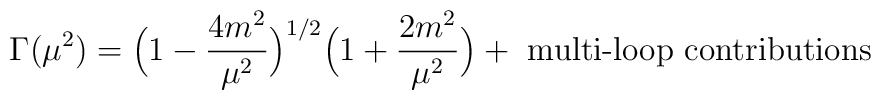
\Gamma (\mu^2)=\Bigl(1-\frac{4m^2}{\mu^2}\Bigr)^{1/2}\Bigl(1+\frac{2m^2}{\mu^2}\Bigr)+\mbox{ multi-loop contributions}